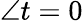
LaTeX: \angle t=0